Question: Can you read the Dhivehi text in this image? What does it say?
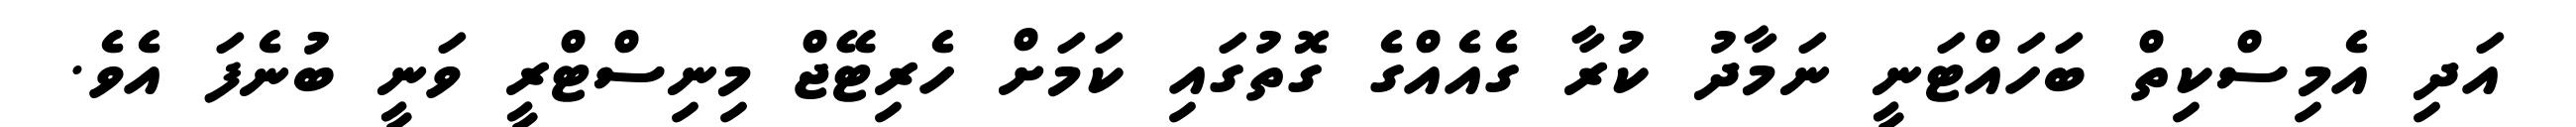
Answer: އަދި އެމިސްކިތް ބަހައްޓަނީ ނަމާދު ކުރާ ގެއެއްގެ ގޮތުގައި ކަމަށް ހެރިޓޭޖް މިނިސްޓްރީ ވަނީ ބުނެފަ އެވެ.